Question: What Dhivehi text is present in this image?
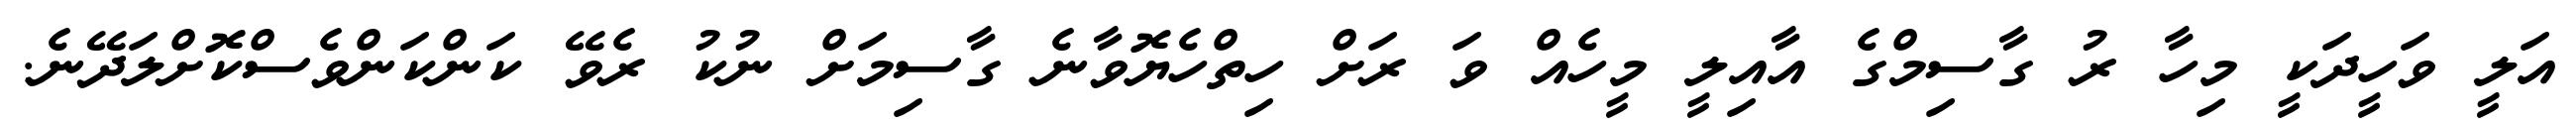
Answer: އަލީ ވަހީދަކީ މިހާ ރު ގާސިމްގެ އާއިލީ މީހެއް ވަ ރަށް ހިތްހެޔޮވާނެ ގާސިމަށް ނުކު ރެވޭ ކަންކަންވެސްކޮށްލަދޭނެ.